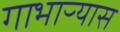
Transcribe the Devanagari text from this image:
गाभाऱ्यास